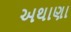
અથાણા